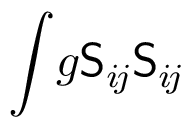
\int \! g \mathsf { S } _ { i \! j } \mathsf { S } _ { i \! j }